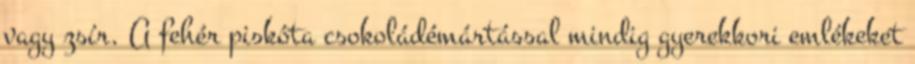
vagy zsír. A fehér piskóta csokoládémártással mindig gyerekkori emlékeket